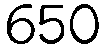
650